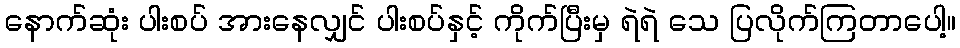
နောက်ဆုံး ပါးစပ် အားနေလျှင် ပါးစပ်နှင့် ကိုက်ပြီးမှ ရဲရဲ သေ ပြလိုက်ကြတာပေါ့။